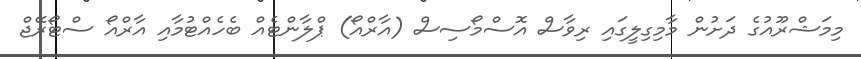
މިމަޝްރޫއުގެ ދަށުން މާމިގިލީގައި ރިވާސް އޮސްމޯސިސް (އާރްއޯ) ޕްލާންޓެއް ބެހެއްޓުމާއި އާރްއޯ ސްޓޯރޭޖް